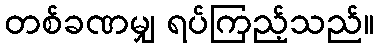
တစ်ခဏမျှ ရပ်ကြည့်သည်။